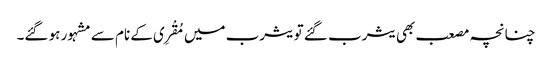
چنانچہ مصعب بھی یثرب گئے تو یثرب میں مُقْرِی کے نام سے مشہور ہو گئے۔